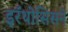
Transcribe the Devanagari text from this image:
इरॅथोसिसने